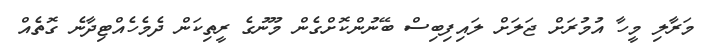
މަރާލި މީހާ އުމުރަށް ޖަލަށް ލައިފިބިސް ބޭނުންކޮށްގެން މޫނުގެ ރީތިކަން ދެމެހެއްޓިދާނެ ގޮތެއް